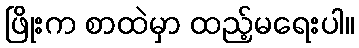
ဖြိုးက စာထဲမှာ ထည့်မရေးပါ။